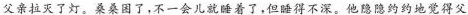
父亲拉灭了灯。桑桑困了，不一会儿就睡着了，但睡得不深。他隐隐约约地觉得父